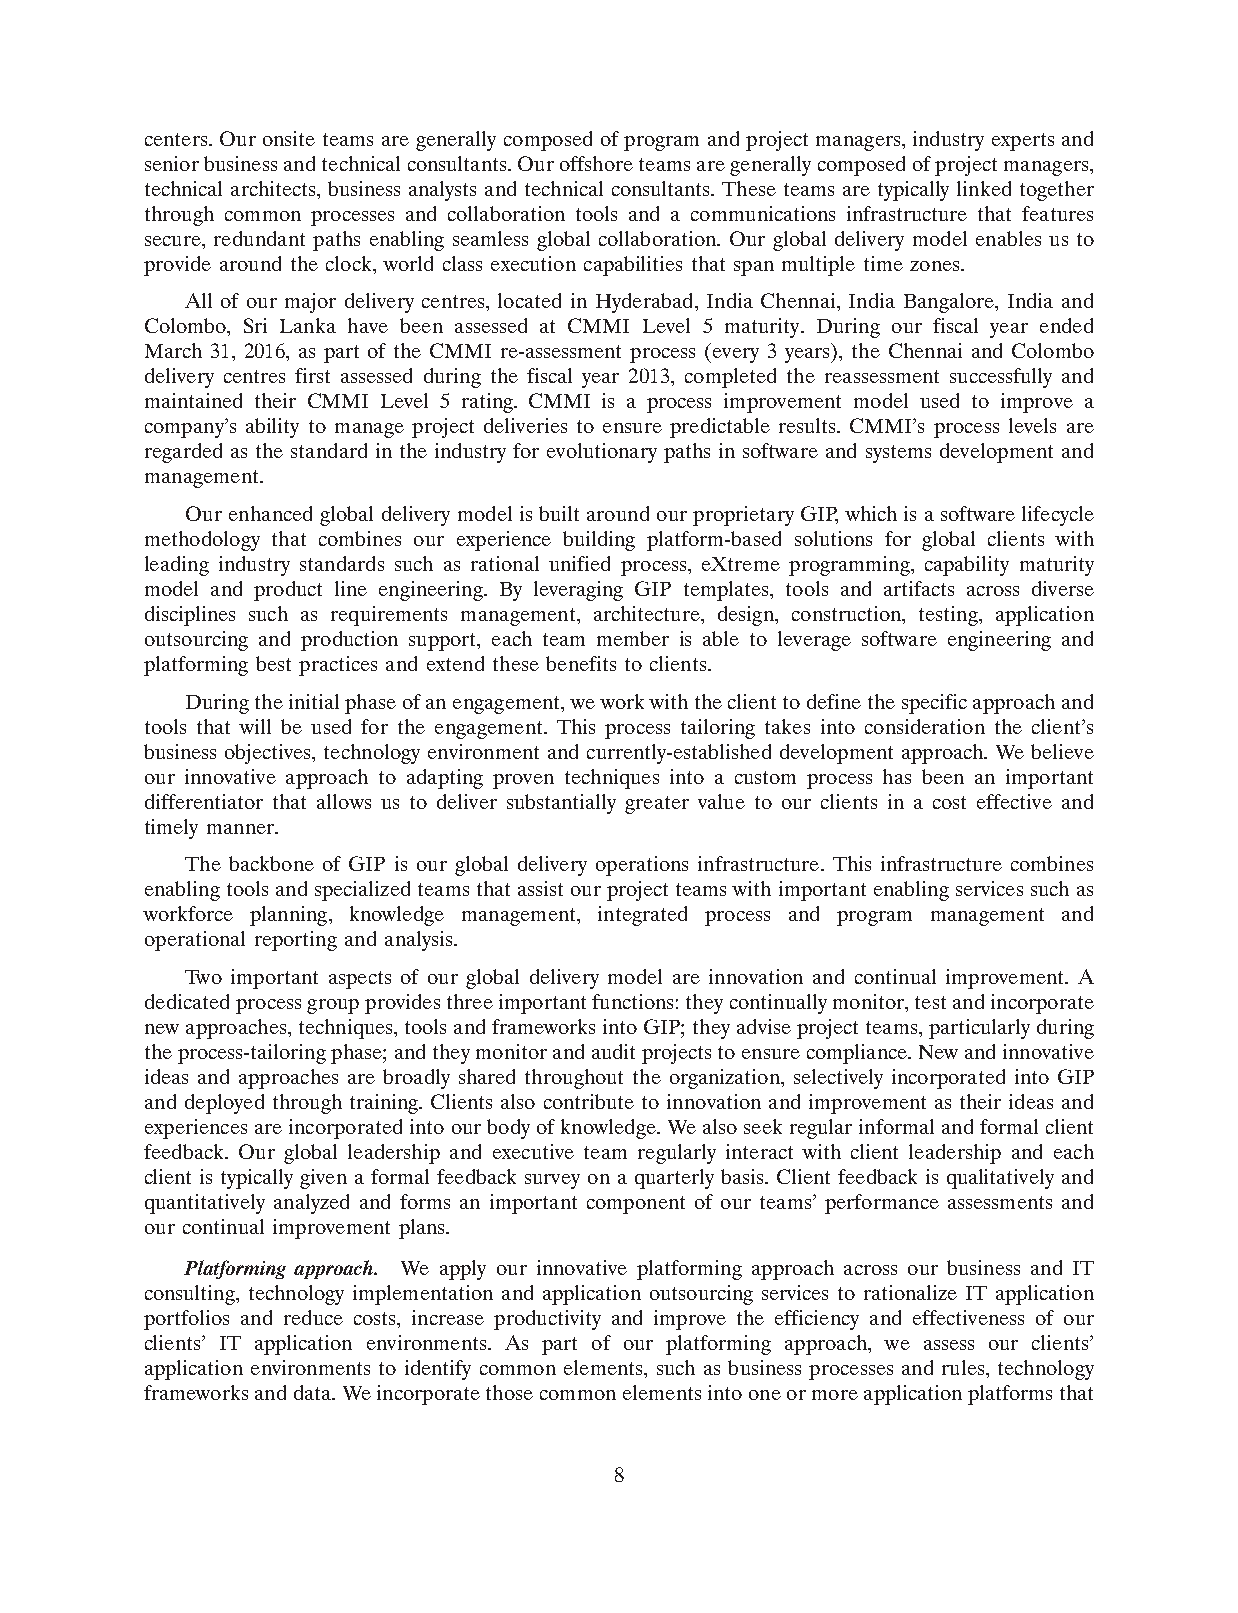
centers. Our onsite teams are generally composed of program and project managers, industry experts and
 senior business and technical consultants. Our offshore teams are generally composed of project managers,
 technical architects, business analysts and technical consultants. These teams are typically linked together
 through common processes and collaboration tools and a communications infrastructure that features
 secure, redundant paths enabling seamless global collaboration. Our global delivery model enables us to
 provide around the clock, world class execution capabilities that span multiple time zones.
 All of our major delivery centres, located in Hyderabad, India Chennai, India Bangalore, India and
 Colombo, Sri Lanka have been assessed at CMMI Level 5 maturity. During our fiscal year ended
 March 31, 2016, as part of the CMMI re-assessment process (every 3 years), the Chennai and Colombo
 delivery centres first assessed during the fiscal year 2013, completed the reassessment successfully and
 maintained their CMMI Level 5 rating. CMMI is a process improvement model used to improve a
 company’s ability to manage project deliveries to ensure predictable results. CMMI’s process levels are
 regarded as the standard in the industry for evolutionary paths in software and systems development and
 management.
 Our enhanced global delivery model is built around our proprietary GIP, which is a software lifecycle
 methodology that combines our experience building platform-based solutions for global clients with
 leading industry standards such as rational unified process, eXtreme programming, capability maturity
 model and product line engineering. By leveraging GIP templates, tools and artifacts across diverse
 disciplines such as requirements management, architecture, design, construction, testing, application
 outsourcing and production support, each team member is able to leverage software engineering and
 platforming best practices and extend these benefits to clients.
 During the initial phase of an engagement, we work with the client to define the specific approach and
 tools that will be used for the engagement. This process tailoring takes into consideration the client’s
 business objectives, technology environment and currently-established development approach. We believe
 our innovative approach to adapting proven techniques into a custom process has been an important
 differentiator that allows us to deliver substantially greater value to our clients in a cost effective and
 timely manner.
 The backbone of GIP is our global delivery operations infrastructure. This infrastructure combines
 enabling tools and specialized teams that assist our project teams with important enabling services such as
 workforce planning, knowledge management, integrated process and program management and
 operational reporting and analysis.
 Two important aspects of our global delivery model are innovation and continual improvement. A
 dedicated process group provides three important functions: they continually monitor, test and incorporate
 new approaches, techniques, tools and frameworks into GIP; they advise project teams, particularly during
 the process-tailoring phase; and they monitor and audit projects to ensure compliance. New and innovative
 ideas and approaches are broadly shared throughout the organization, selectively incorporated into GIP
 and deployed through training. Clients also contribute to innovation and improvement as their ideas and
 experiences are incorporated into our body of knowledge. We also seek regular informal and formal client
 feedback. Our global leadership and executive team regularly interact with client leadership and each
 client is typically given a formal feedback survey on a quarterly basis. Client feedback is qualitatively and
 quantitatively analyzed and forms an important component of our teams’ performance assessments and
 our continual improvement plans.
 Platforming approach. We apply our innovative platforming approach across our business and IT
 consulting, technology implementation and application outsourcing services to rationalize IT application
 portfolios and reduce costs, increase productivity and improve the efficiency and effectiveness of our
 clients’ IT application environments. As part of our platforming approach, we assess our clients’
 application environments to identify common elements, such as business processes and rules, technology
 frameworks and data. We incorporate those common elements into one or more application platforms that
 8